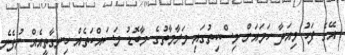
އޭގެ ފަހު މިއަދާ ހަމައަށް މިސްކިތުގައި މަރާމާތުގެ މާބޮޑު މަސައްކަތެއް ހިނގާތީއެއް ނުފެނެ